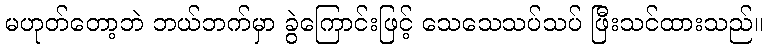
မဟုတ်တော့ဘဲ ဘယ်ဘက်မှာ ခွဲကြောင်းဖြင့် သေသေသပ်သပ် ဖြီးသင်ထားသည်။